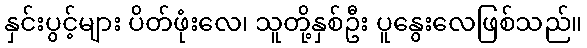
နှင်းပွင့်များ ပိတ်ဖုံးလေ၊ သူတို့နှစ်ဦး ပူနွေးလေဖြစ်သည်။